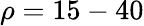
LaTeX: \rho=15-40